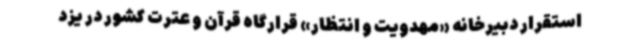
استقرار دبیرخانه «مهدویت و انتظار» قرارگاه قرآن و عترت کشور در یزد